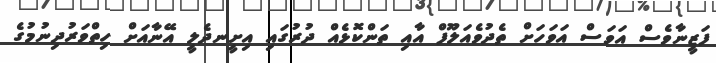
ފަޒީނާވެސް އަވަސް އަވަހަށް ތެދުވެއަލޫފް އާއި ތަންކޮޅެއް ދުރުގައި އިށީނދެލީ އޭނާއަށް ހިތްވަރުދިނުމުގެ